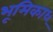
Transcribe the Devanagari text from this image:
भूमिका६